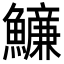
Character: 𩼖